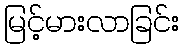
မြင့်မားလာခြင်း